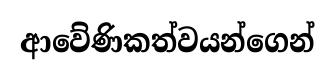
ආවේණිකත්වයන්ගෙන්